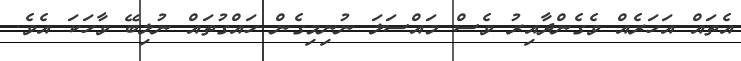
އެތައް އަހަރެއް ވެގެންދާއިރު ވެސް މައްސަލަ ނުނިމިގެން ހައްގުތައް ނުލިބޭ ވާހަކަ އެވެ.